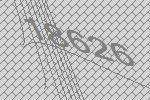
18626